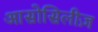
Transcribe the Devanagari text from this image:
आसोसिलीज़